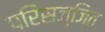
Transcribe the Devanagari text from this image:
परिसज्जित